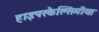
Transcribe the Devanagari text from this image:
हाइपरकैल्सिमीया